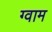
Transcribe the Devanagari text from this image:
ग्वाम